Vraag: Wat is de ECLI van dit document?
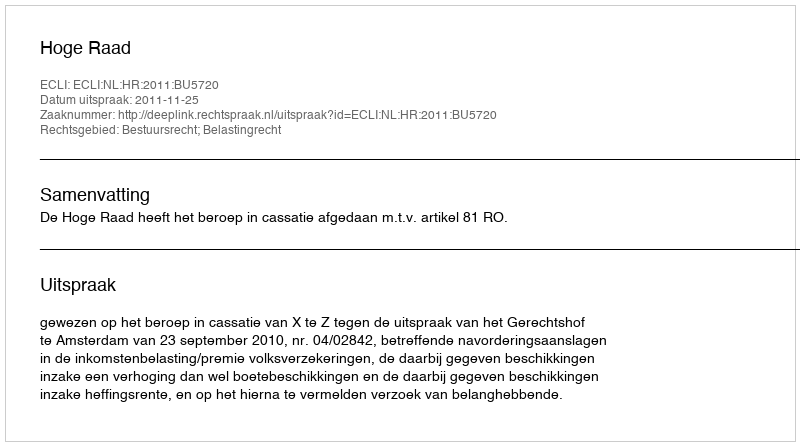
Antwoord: ECLI:NL:HR:2011:BU5720